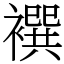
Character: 襈